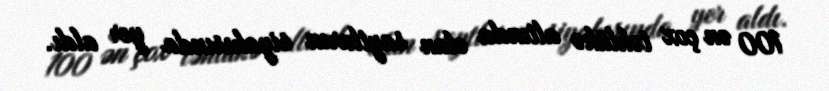
100 ən çox təhlükə altında olan saytların siyahısında yer aldı.